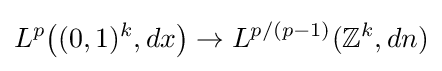
L^{p}{\bigl (}(0,1)^{k},dx{\bigr )}\to L^{p/(p-1)}(\mathbb {Z} ^{k},dn)